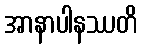
အာနာပါနဿတိ